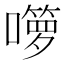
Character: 𱕌